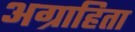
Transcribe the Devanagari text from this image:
अग्राहिता